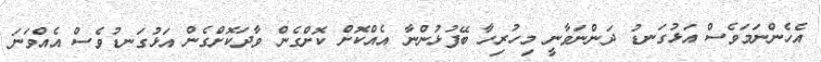
އެހެންނަމަވެސް އަޅުގަނޑު ދަންނަވާނީ މިހުރިހާ ބޭފުޅުންނާ އެއްކޮށް ކޮށްގެން ވާދަކޮށްގެން އަޅުގަނޑުވެސް އެއްވަނަ